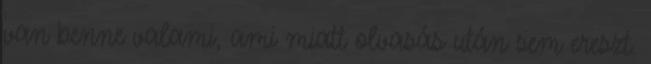
van benne valami, ami miatt olvasás után sem ereszt.